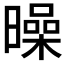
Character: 𣋝